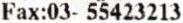
FAX:03- 55423213